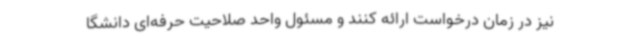
نیز در زمان درخواست ارائه کنند و مسئول واحد صلاحیت حرفه‌ای دانشگا